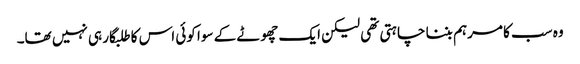
وہ سب کا مرہم بننا چاہتی تھی لیکن ایک چھوٹے کے سوا کوئی اس کا طلبگار ہی نہیں تھا۔